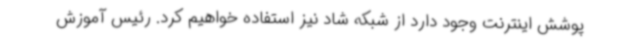
پوشش اینترنت وجود دارد از شبکه شاد نیز استفاده خواهیم کرد. رئیس آموزش